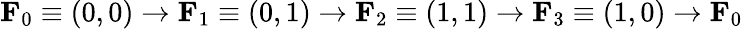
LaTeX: \mathbf{F}_{0}\equiv(0,0)\rightarrow\mathbf{F}_{1}\equiv(0,1)\rightarrow\mathbf{F}_{2}\equiv(1,1)\rightarrow\mathbf{F}_{3}\equiv(1,0)\rightarrow\mathbf{F}_{0}